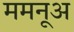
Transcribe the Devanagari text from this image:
ममनूअ